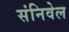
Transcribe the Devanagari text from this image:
संनिवेल